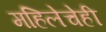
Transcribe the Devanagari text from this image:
महिलेचेही